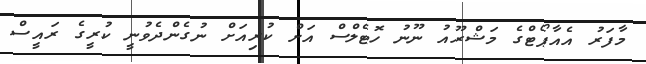
މާފަރު އެއާޕޯޓްގެ މަޝްރޫއު ނޫނު ހޮޓެލްސް އަށް ކުރިއަށް ނުގެންދެވުނީ ކުރީގެ ރައީސް